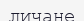
личане